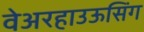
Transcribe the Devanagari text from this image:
वेअरहाउऊसिंग